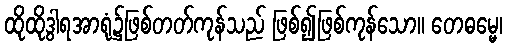
ထိုထိုဒွါရအာရုံ၌ဖြစ်တတ်ကုန်သည် ဖြစ်၍ဖြစ်ကုန်သော။ တေဓမ္မေ၊